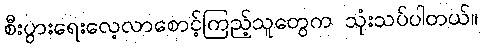
စီးပွားရေးလေ့လာစောင့်ကြည့်သူတွေက သုံးသပ်ပါတယ်။